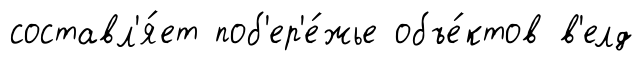
составл'я́ет поб'ер'е́жье объе́ктов в'елд